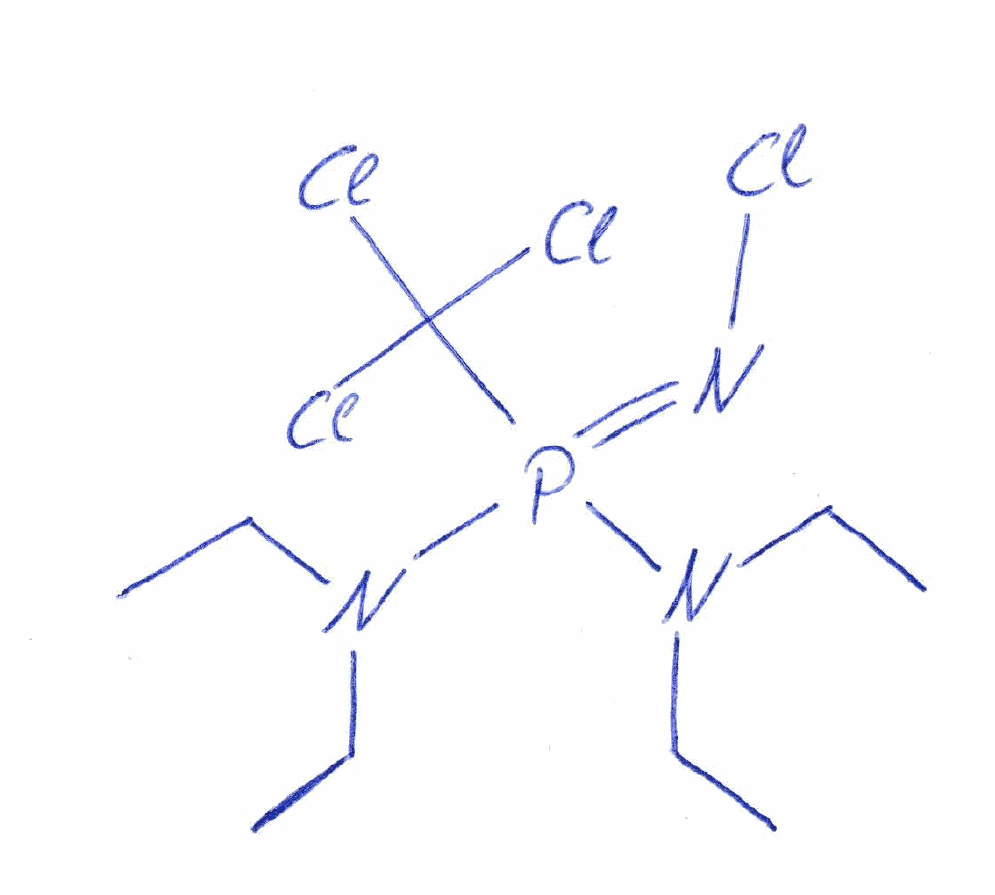
Simplified molecular-input line-entry system (SMILES) notation of the given molecule:
CCN(CC)P(=NCl)(C(Cl)(Cl)Cl)N(CC)CC